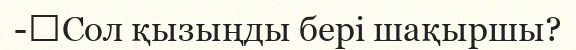
-	Сол қызыңды бері шақыршы?